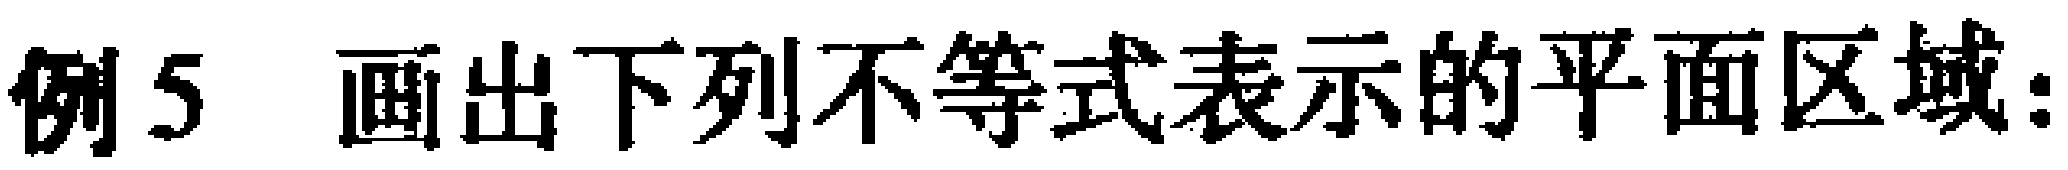
例5 画出下列不等式表示的平面区域：